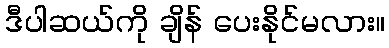
ဒီပါဆယ်ကို ချိန် ပေးနိုင်မလား။